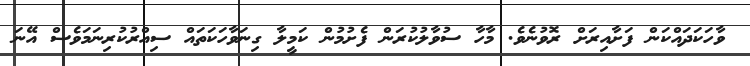
ވާހަކަދައްކަން ފަށާއިރަށް ރޮވުނެވެ. މާހާ ސުވާލުކުރަން ފެށުމުން ކަމީލާ ގިނަވާހަކަތައް ސިއްރުކުރިނަމަވެސް އޭނަ